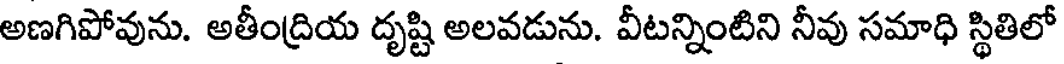
అణగిపోవును. అతీంద్రియ దృష్టి అలవడును. వీటన్నింటిని నీవు సమాధి స్థితిలో